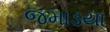
જમાડયા